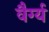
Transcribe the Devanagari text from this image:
वैर्ग्य